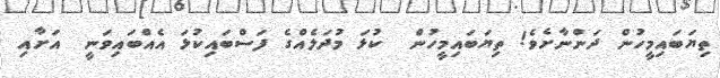
ތިޔަބައިމީހުން ދަންނާށެވެ! ތިޔަބައިމީހުން  ކުޅަ މުދަލެއްގެ ފަސްބައިކުޅަ އެއްބައިވަނީ  އަށާއި